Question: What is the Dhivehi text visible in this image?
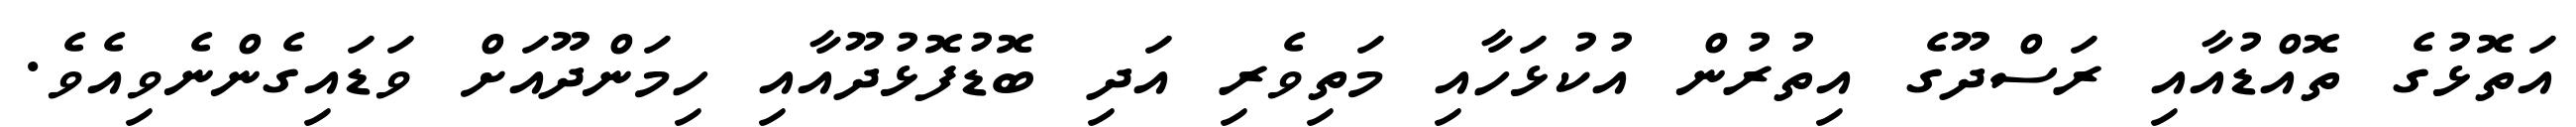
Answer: އަތޮޅުގެ ތޮއްޑުއާއި ރަސްދޫގެ އިތުރުން އުކުޅަހާއި މަތިވެރި އަދި ބޮޑުފޮޅުދޫއާއި ހިމަންދޫއަށް ވަޑައިގެންނެވިއެވެ.